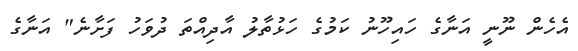
އެހެން ނޫނީ އަނާގެ ހައިހޫނު ކަމުގެ ހަޅުތާލު އާދިއްތަ ދުވަހު ފަށާނެ" އަނާގެ